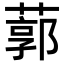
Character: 𦹐